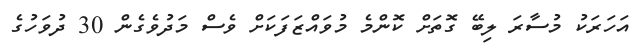
އަހަރަކު މުސާރަ ލިބޭ ގޮތަށް ކޮންމެ މުވައްޒަފަކަށް ވެސް މަދުވެގެން 30 ދުވަހުގެ